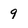
Character: 9